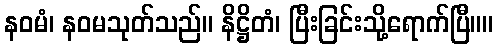
နဝမံ၊ နဝမသုတ်သည်။ နိဋ္ဌိတံ၊ ပြီးခြင်းသို့ရောက်ပြီ။။